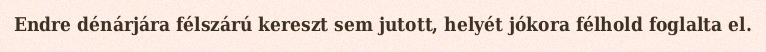
Endre dénárjára félszárú kereszt sem jutott, helyét jókora félhold foglalta el.